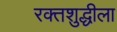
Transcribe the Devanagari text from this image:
रक्तशुद्धीला